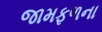
જામફળના